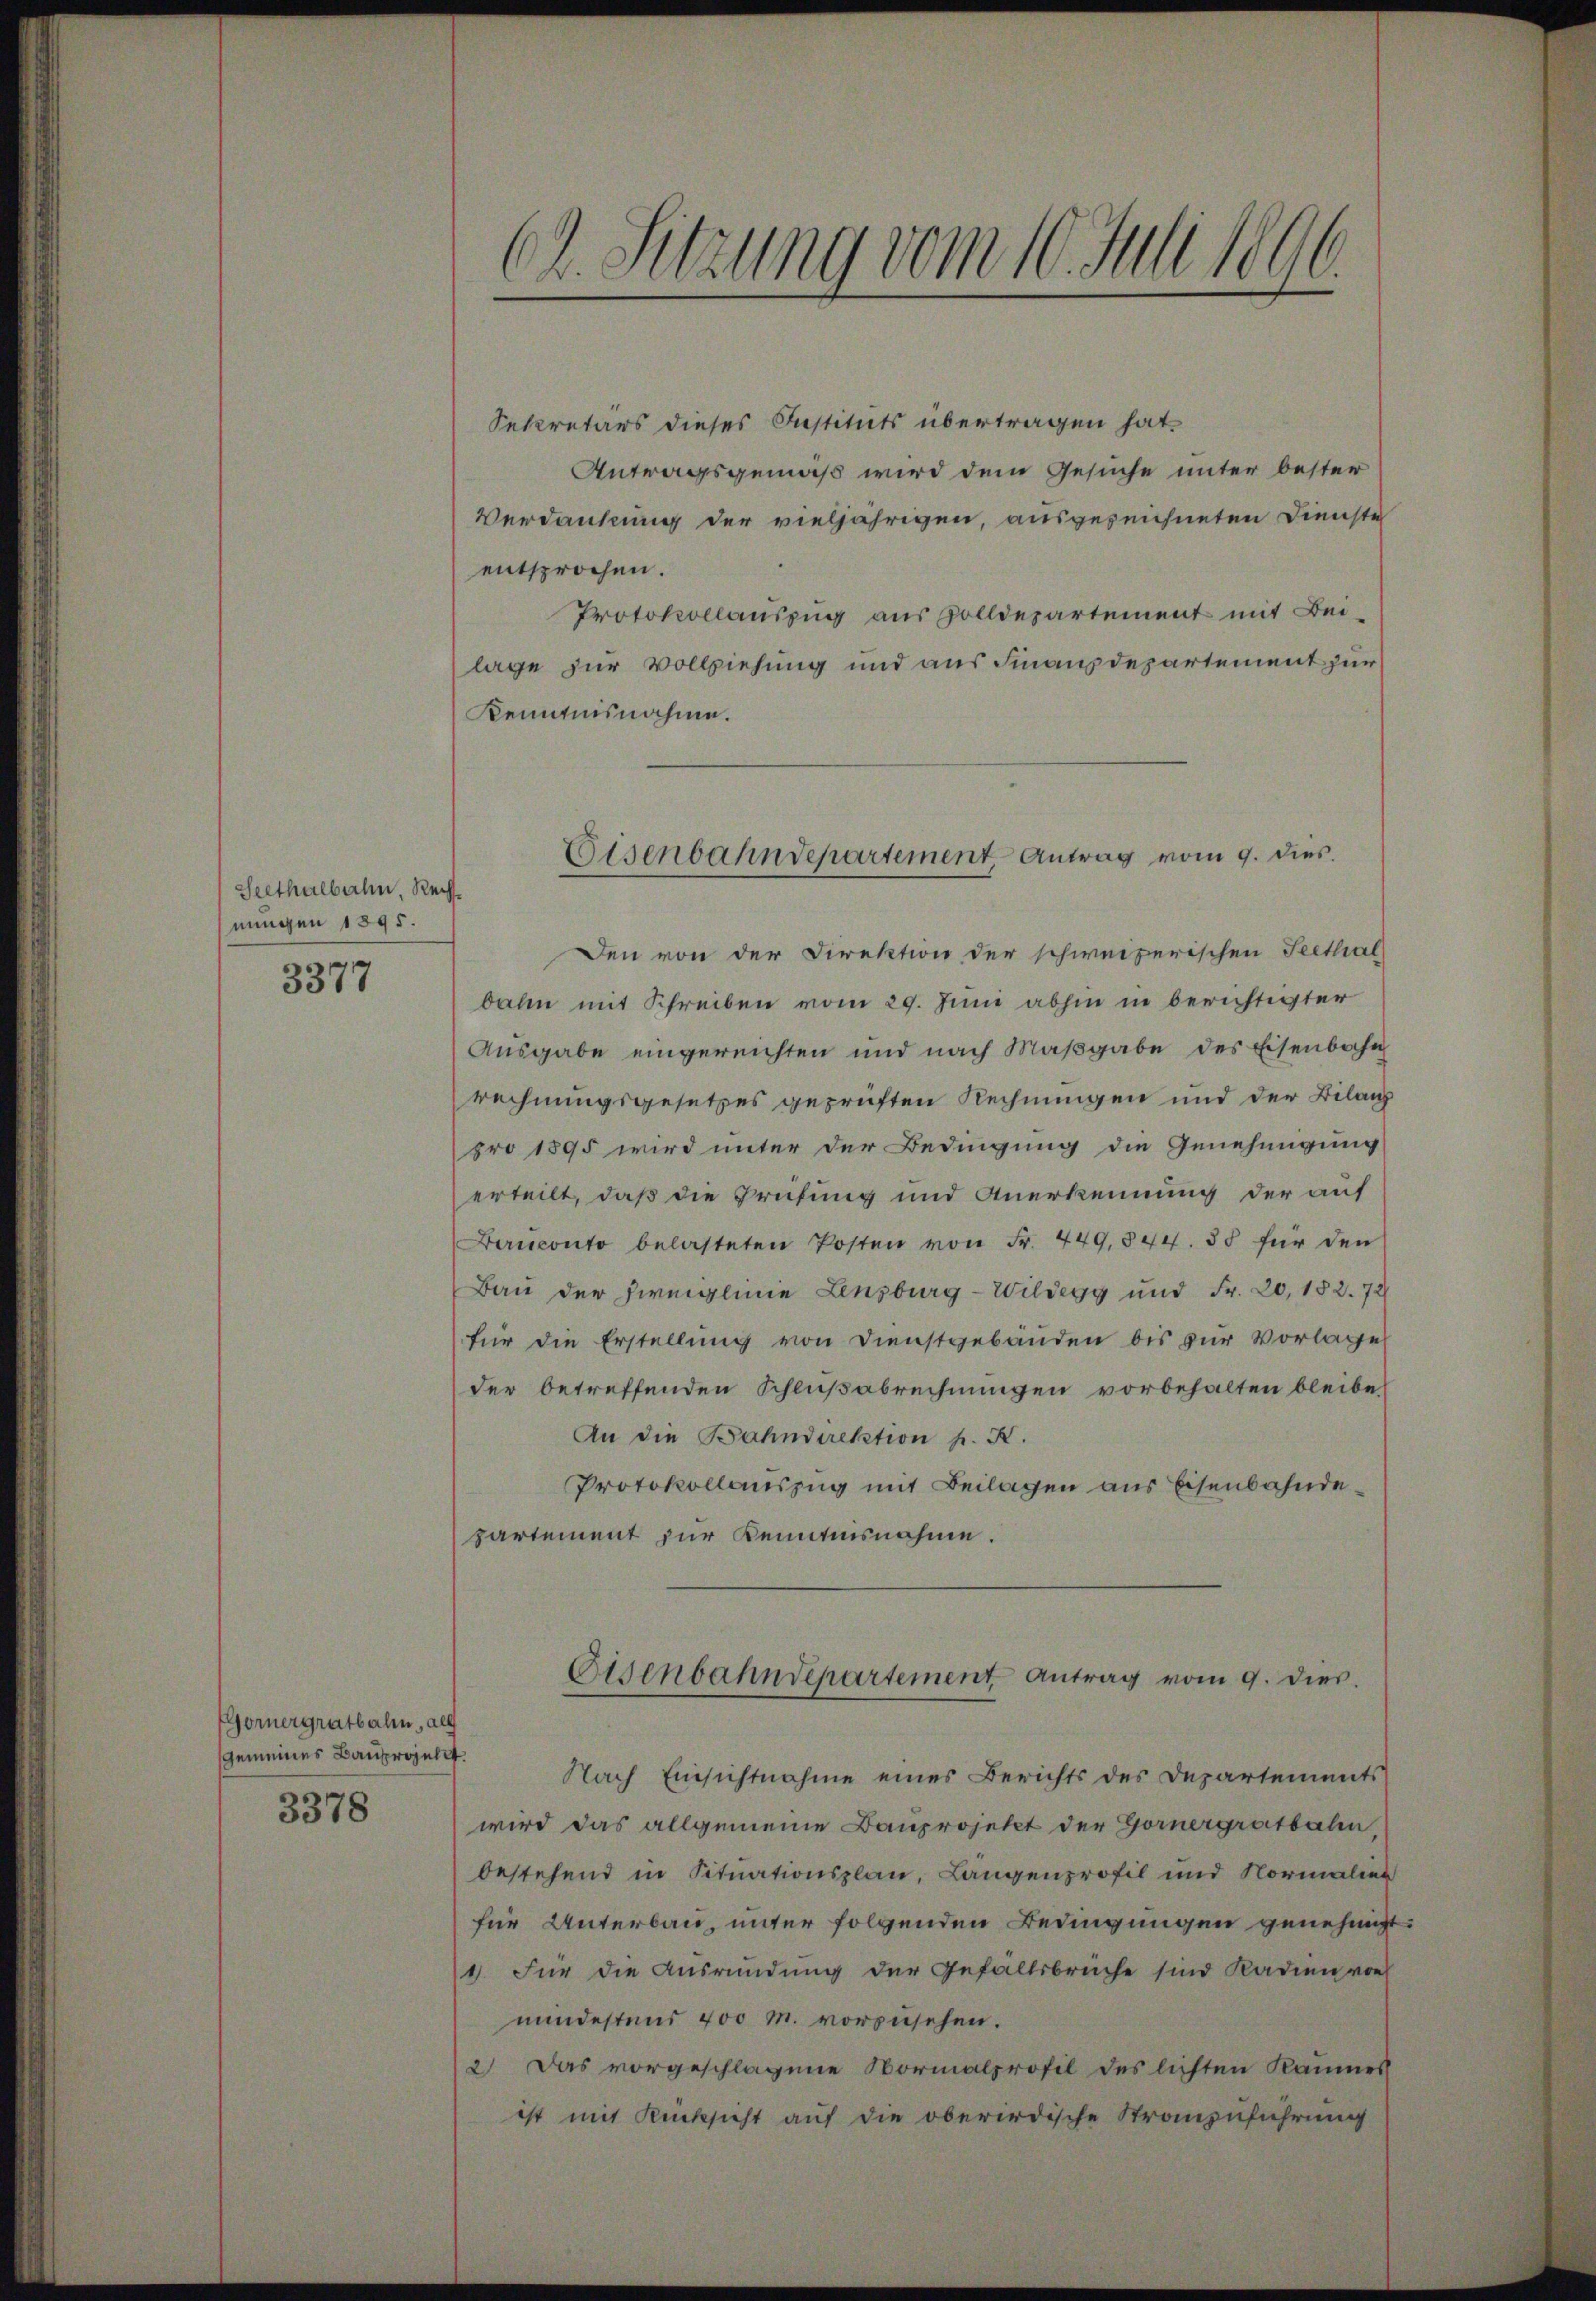
Seethalbahn, Rechnungen 1895.
3377

Gornergratbahn, all
gemeines Bauprojellt.
3378

62. Sitzung vom 10. Juli 1896.

Sekretärs dieses Instituts übertragen hat.
Antragsgemäß wird dem Gesuche unter bester
Verdankung der vieljährigen, ausgezeichneten Dienste
entsprochen.
Protokollauszug aus Zolldepartement mit Bei-
lage zur Vollziehung und aus Finanzdepartement zur
Kenntnisnahme.
Den von der Direktion der schweizerischen Seethal
bahn mit Schreiben vom 29. Juni abhin in berichtigter
Ausgabe eingereichten und nach Maßgabe des Eisenbahn
rechnungsgesetzes geprüften Rechnungen und der Bilanz
pro 1895 wird unter der Bedingung die Genehmigung
erteilt, daß die Prüfung und Anerkennung der auf
Banconto belasteten Posten von Fr. 449,844. 35 für den
Bau der Zweiglinie Lenzburg-Wildegg und Fr. 20, 152. 72
für die Erstellung von Dienstgebäuden bis zur Vorlage
der betreffenden Schlußabrechnungen vorbehalten bleibe,
An die Bahndirektion pr. K.
Protokollauszug mit Beilagen aus Eisenbahndepartement zur Kenntnisnahme.
Eisenbahndepartement Antrag vom 9. dies
Nach Einsichtnahme eines Berichts des Departements
wird das allgemeine Bauprojekt der Gornergratbalen
bestehend in Situationsplan, Langenprofil und Normalien
für Unterbau, unter folgenden Bedingungen genehmigt.
1. Für die Ausründung der Gefallsbrüche sind Kadien von
mindestens 400 M. vorzusehen.
2) Das vorgeschlagene Normalprofil des lichten Raumes
ist mit Rücksicht auf die oberirdische Stranzuführung

Eisenbahndepartement Antrag vom 9. dies.